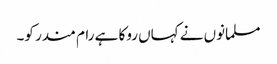
مسلمانوں نے کہاں روکا ہے رام مندر کو۔